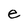
Character: e